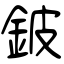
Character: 鈹